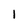
Character: 1